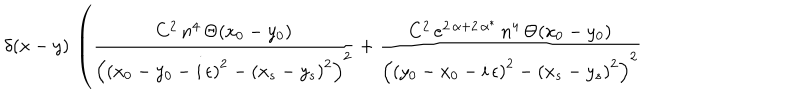
LaTeX: \delta ( x - y ) \, \left( \frac { C ^ { 2 } \, n ^ { 4 } \, \Theta ( x _ { 0 } - y _ { 0 } ) } { \left( \left( x _ { 0 } - y _ { 0 } - i \, \epsilon \right) ^ { 2 } - \left( x _ { s } - y _ { s } \right) ^ { 2 } \right) ^ { 2 } } + \frac { C ^ { 2 } \, e ^ { 2 \, \alpha + 2 \, \alpha ^ { * } } \, n ^ { 4 } \, \Theta ( x _ { 0 } - y _ { 0 } ) } { \left( \left( y _ { 0 } - x _ { 0 } - i \, \epsilon \right) ^ { 2 } - \left( x _ { s } - y _ { s } \right) ^ { 2 } \right) ^ { 2 } } \right.